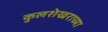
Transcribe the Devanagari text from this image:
कुलशेखराच्या